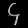
Digit: ၄